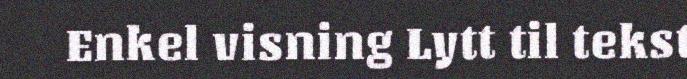
Enkel visning Lytt til tekst